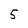
Character: 5